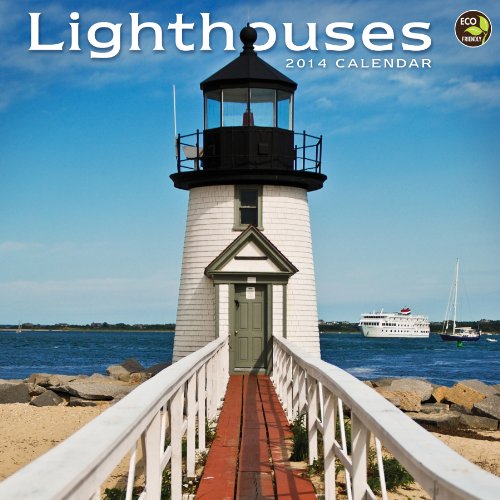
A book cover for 2014 Lighthouses Wall Calendar; TF Publishing; Calendars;